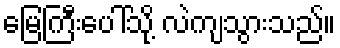
မြေကြီးပေါ်သို့ လဲကျသွားသည်။